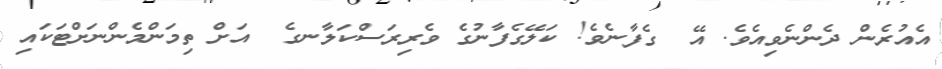
އެއުރެން ދެންނެވިއެވެ. އޭ  ގެފާނެވެ! ކަލޭގެފާނުގެ ވެރިރަސްކަލާނގެ  އަށް ތިމަންމެންނަށްޓަކައި